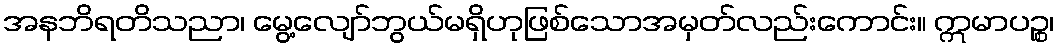
အနဘိရတိသညာ၊ မွေ့လျော်ဘွယ်မရှိဟုဖြစ်သောအမှတ်လည်းကောင်း။ ဣမာပဉ္စ၊